Indian journal of veterinary science and animal husbandry - Volume 6,
Year: 1936
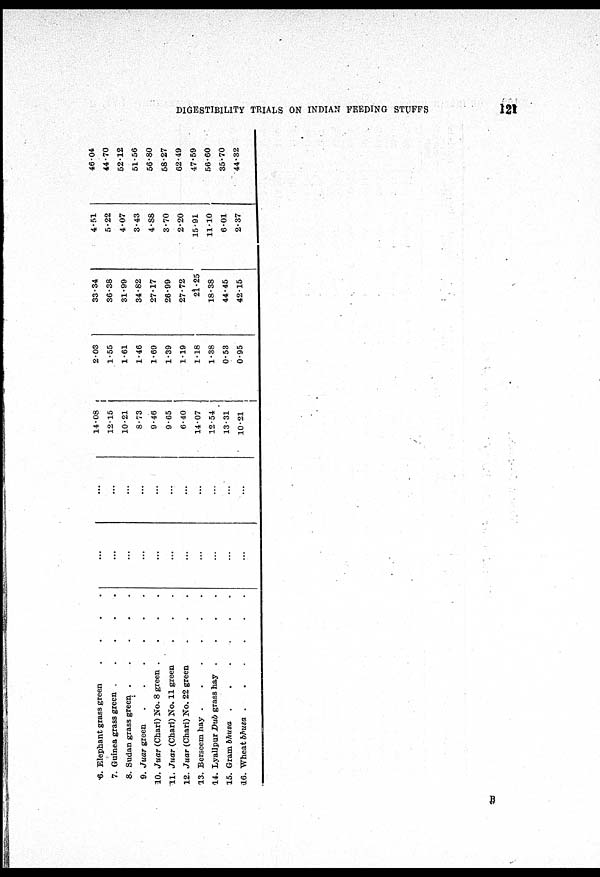
DIGESTIBILITY TRIALS ON INDIAN FEEDING STUFFS
121
6. Elephant grass green ....
7. Guinea grass green ....
8. Sudan grass green ....
9. Juar green ....
10. Juar (Chari) No. 8 green ....
11. Juar (Chari) No. 11 green ...
12. Juar (Chari) No. 22 green ...
13. Berseem hay ......
14. Lyallpur Dub grass hay ....
15. Gram bhusa ......
16. Wheat bhusa ......
...
...
...
...
...
...
...
...
...
...
...
...
...
...
...
...
...
...
...
...
...
...
14.08
12.15
10.21
8.73
9.46
9.65
6.40
14.07
12.54
13.31
10.21
2.03
1.55
1.61
1.46
1.69
1.39
1.19
1.18
1.38
0.53
0.95
33.34
36.38
31.99
34.82
27.17
26.99
27.72
21.25
18.38
44.45
42.15
4.51
5.22
4.07
3.43
4.88
3.70
2.20
15.91
11.10
6.01
2.37
46.04
44.70
52.12
51.56
56.80
58.27
62.49
47.59
56.60
35.70
44.32